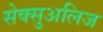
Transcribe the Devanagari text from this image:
सेक्सुअलिज